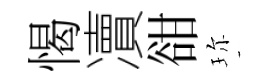
愒凟𧮳珎